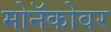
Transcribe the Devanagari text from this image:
मोनॅकोवर